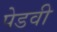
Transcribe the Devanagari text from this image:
पेडवी